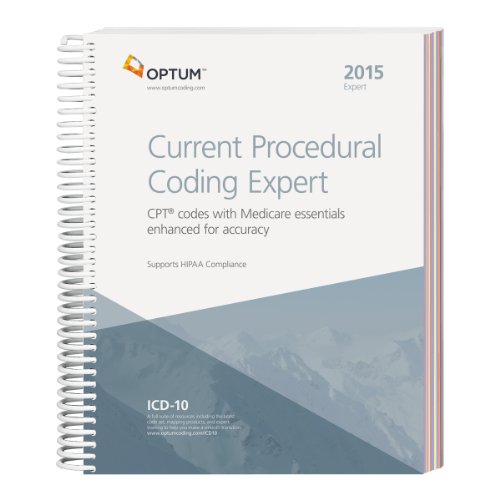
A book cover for Current Procedural Coding Expert - 2015 Edition (CPT EXPERT (SPIRAL)); Optum360; Medical Books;